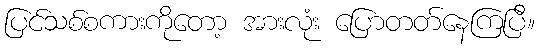
ပြင်သစ်စကားကိုတော့ အားလုံး ပြောတတ်နေကြပြီ။